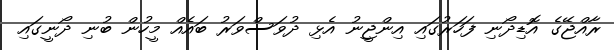
ރާއްޖޭގެ އޮޑިދޯނި ފަހަރުގައި އިންޖީނު އެޅި ދުވަސްވަރު ބައެއް މީހުން ބުނި ދޯނީގައި